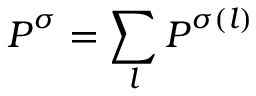
\boldsymbol { P } ^ { \sigma } = \sum _ { l } \boldsymbol { P } ^ { \sigma ( l ) }